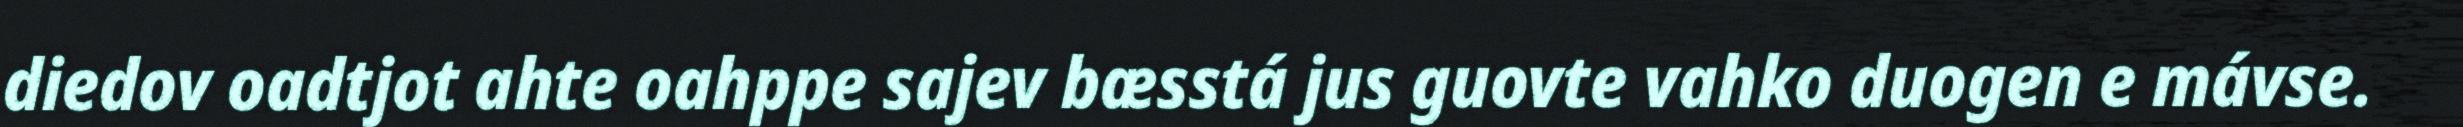
diedov oadtjot ahte oahppe sajev bæsstá jus guovte vahko duogen e mávse.